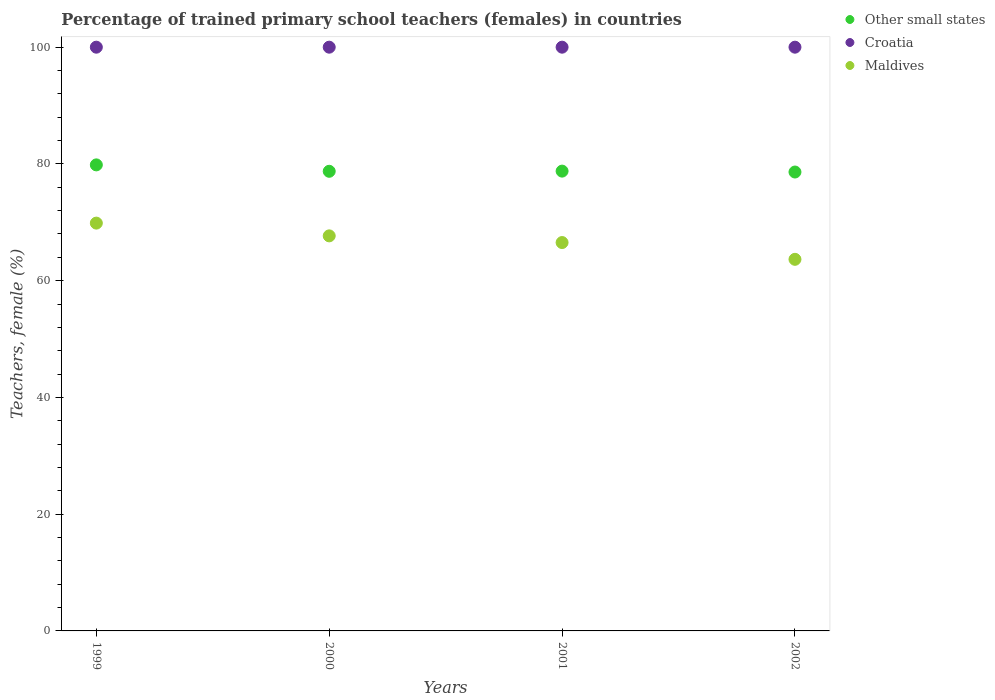
| Years | Other small states | Croatia | Maldives |
 | --- | --- | --- | --- |
 | 1999 | 79.8 | 100 | 69.9 |
 | 2000 | 78.7 | 100 | 67.7 |
 | 2001 | 78.8 | 100 | 66.5 |
 | 2002 | 78.6 | 100 | 63.7 |